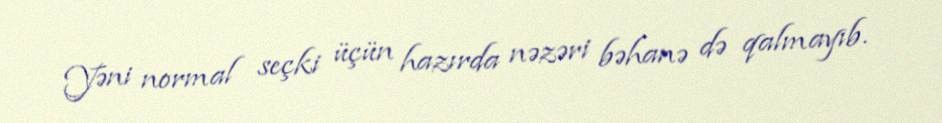
Yəni normal seçki üçün hazırda nəzəri bəhanə də qalmayıb.